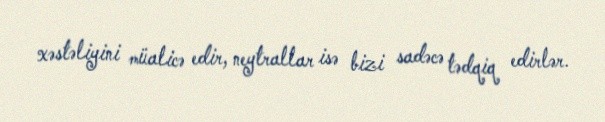
xəstəliyini müalicə edir, neytrallar isə bizi sadəcə tədqiq edirlər.